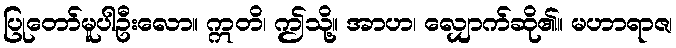
ပြုတော်မူပါဦးလော။ ဣတိ၊ ဤသို့။ အာဟ၊ လျှောက်ဆို၏။ မဟာရာဇ၊